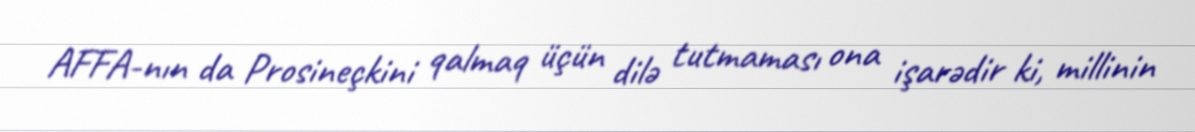
AFFA-nın da Prosineçkini qalmaq üçün dilə tutmaması ona işarədir ki, millinin